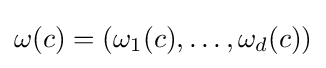
\omega (c)=(\omega _{1}(c),\ldots ,\omega _{d}(c))